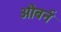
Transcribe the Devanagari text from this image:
औबर्न